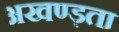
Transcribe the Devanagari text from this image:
अखण्ड़ता